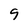
Character: 9